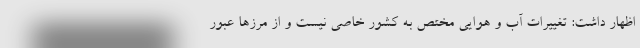
اظهار داشت: تغییرات آب و هوایی مختص به کشور خاصی نیست و از مرزها عبور